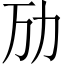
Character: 劢